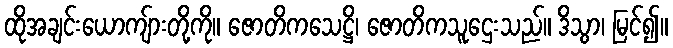
ထိုအချင်းယောကျ်ားတို့ကို။ ဇောတိကသေဋ္ဌိ၊ ဇောတိကသူဌေးသည်။ ဒိသွာ၊ မြင်၍။